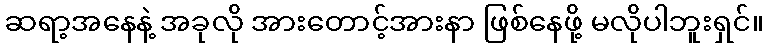
ဆရာ့အနေနဲ့ အခုလို အားတောင့်အားနာ ဖြစ်နေဖို့ မလိုပါဘူးရှင်။